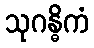
သုဂန္ဓိကံ